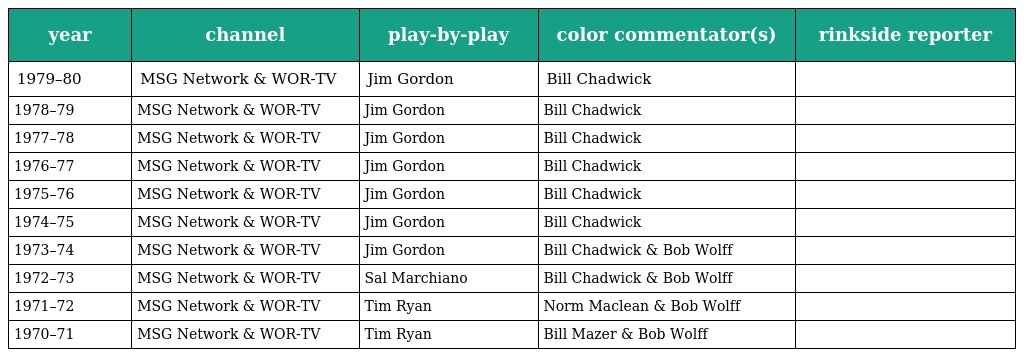
| year | channel | play-by-play | color commentator(s) | rinkside reporter |
 | --- | --- | --- | --- | --- |
 | 1979–80 | MSG Network & WOR-TV | Jim Gordon | Bill Chadwick |  |
 | 1978–79 | MSG Network & WOR-TV | Jim Gordon | Bill Chadwick |  |
 | 1977–78 | MSG Network & WOR-TV | Jim Gordon | Bill Chadwick |  |
 | 1976–77 | MSG Network & WOR-TV | Jim Gordon | Bill Chadwick |  |
 | 1975–76 | MSG Network & WOR-TV | Jim Gordon | Bill Chadwick |  |
 | 1974–75 | MSG Network & WOR-TV | Jim Gordon | Bill Chadwick |  |
 | 1973–74 | MSG Network & WOR-TV | Jim Gordon | Bill Chadwick & Bob Wolff |  |
 | 1972–73 | MSG Network & WOR-TV | Sal Marchiano | Bill Chadwick & Bob Wolff |  |
 | 1971–72 | MSG Network & WOR-TV | Tim Ryan | Norm Maclean & Bob Wolff |  |
 | 1970–71 | MSG Network & WOR-TV | Tim Ryan | Bill Mazer & Bob Wolff |  |